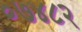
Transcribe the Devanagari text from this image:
०७४८२